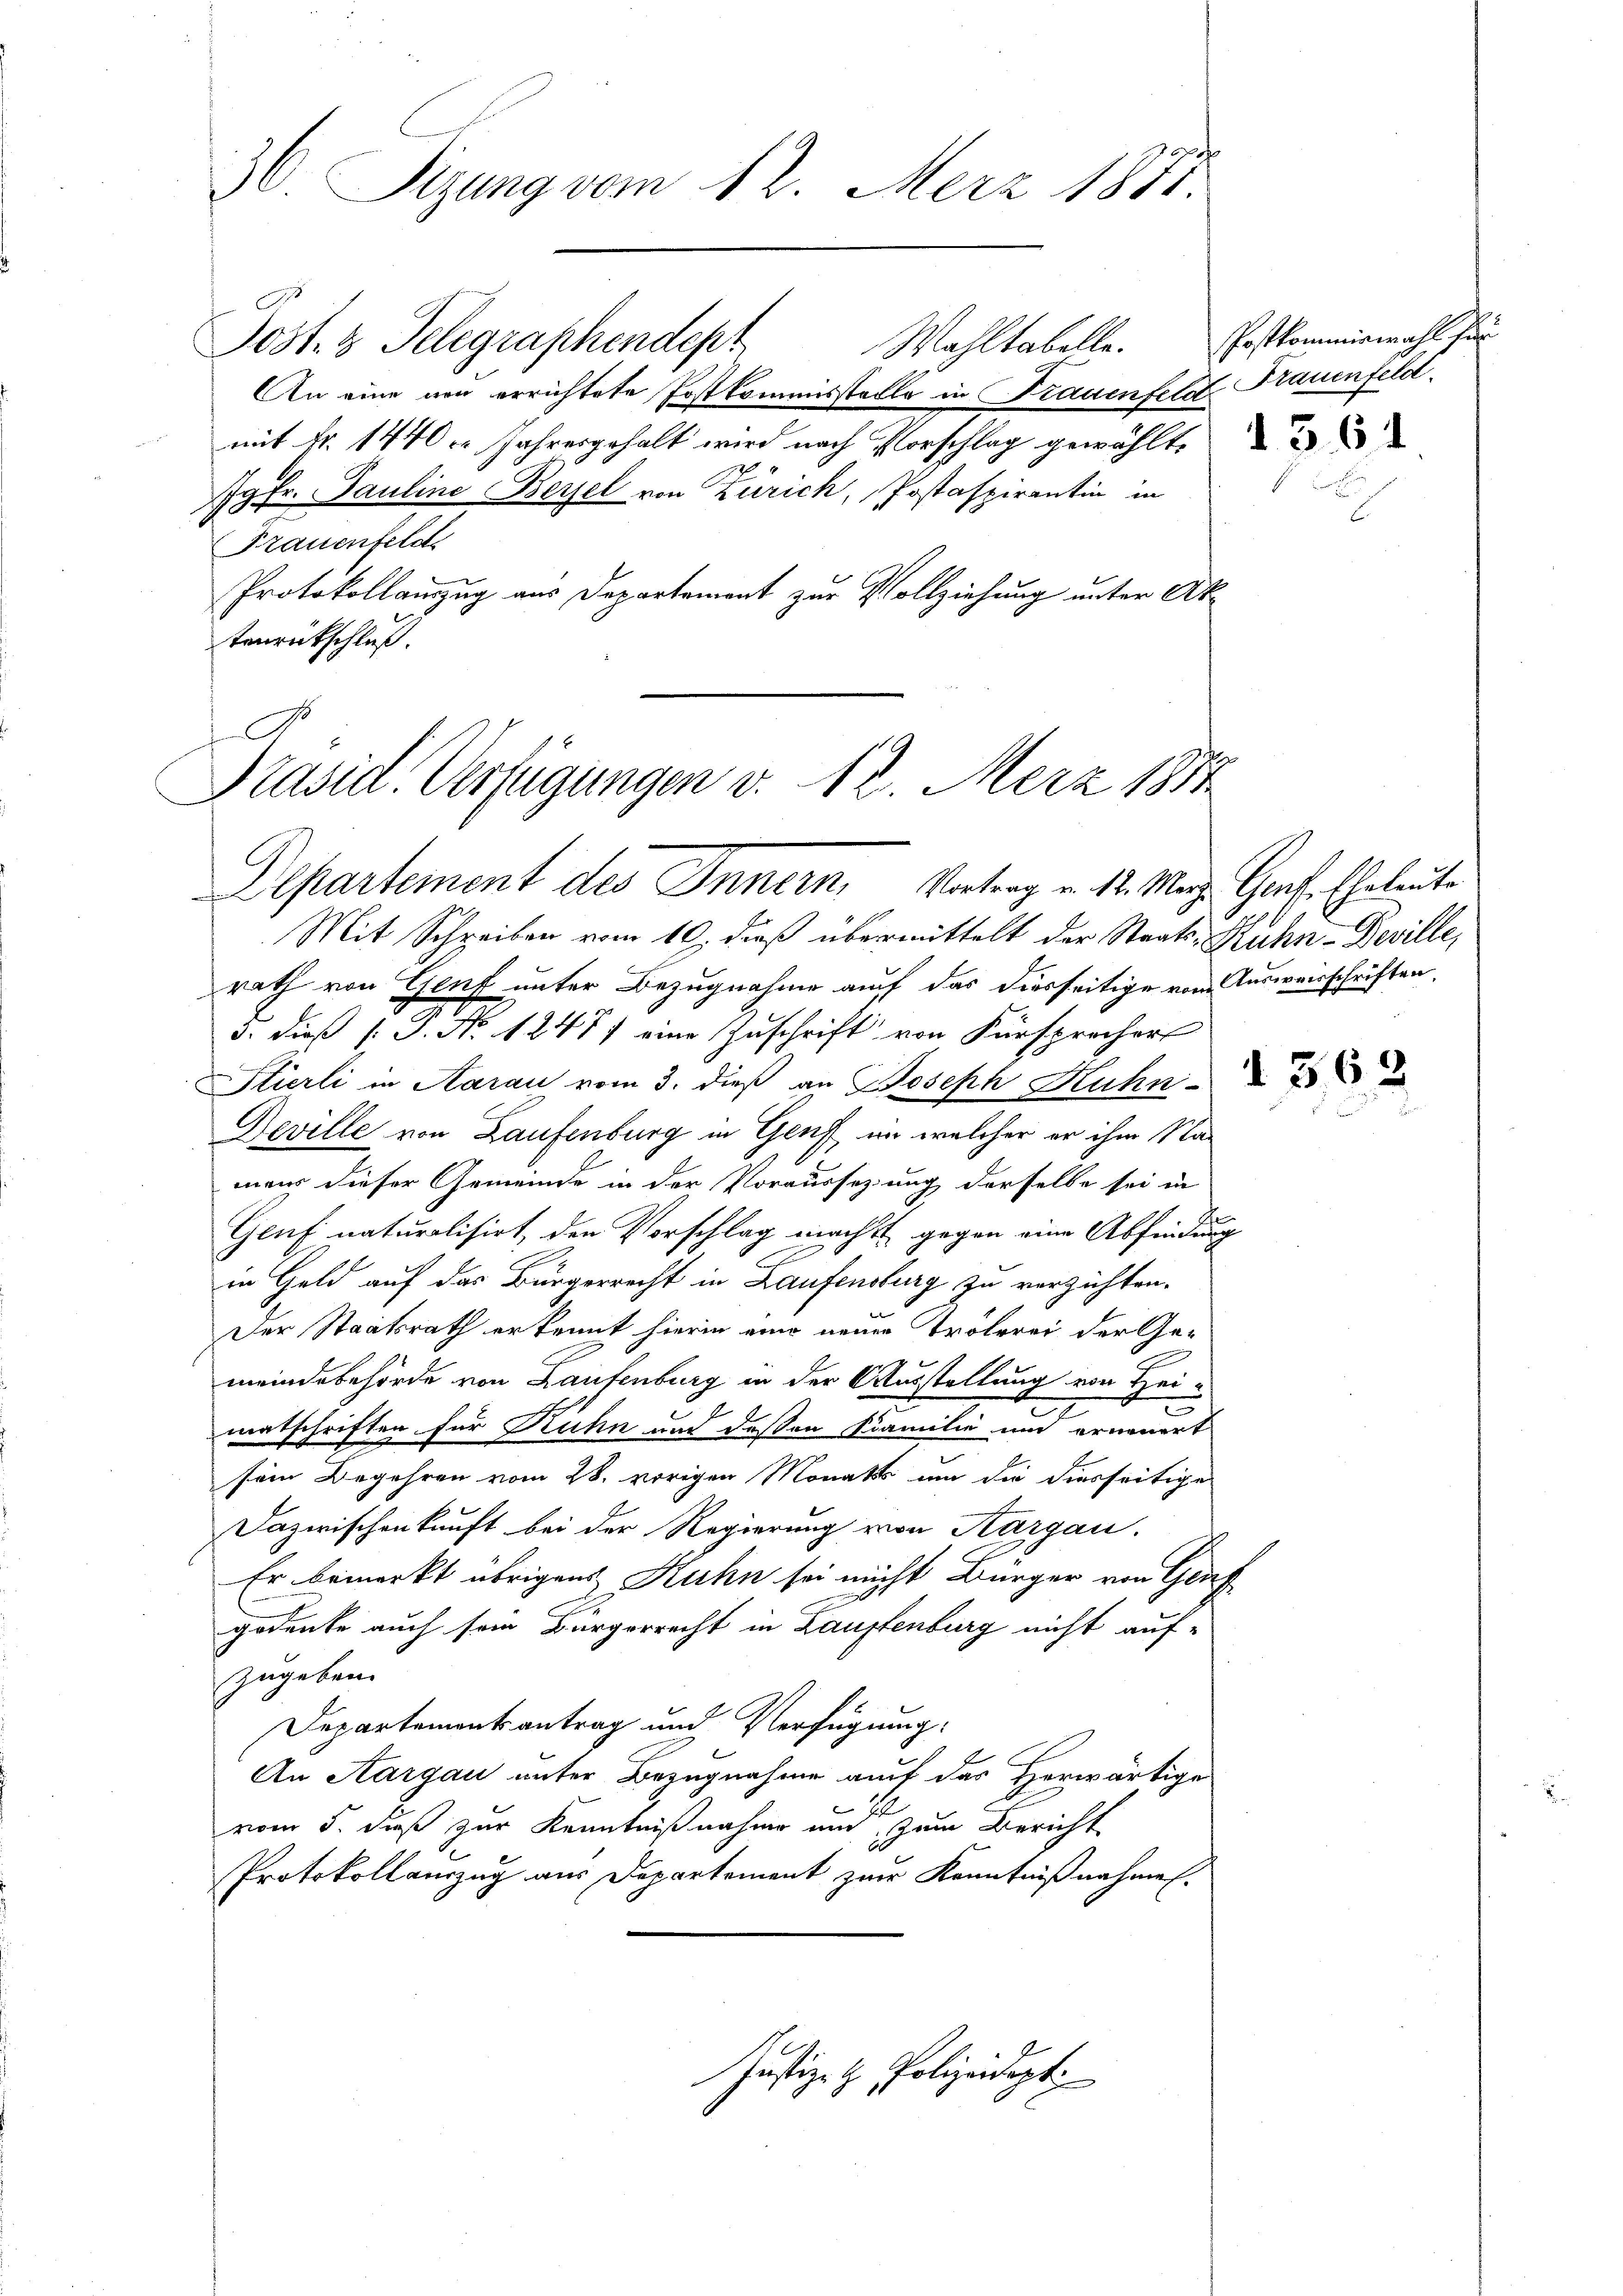
30. Sizung vom 12. Merz 1871.

Jost 3 Telegraphendept
Wahltabelle.
An eine von errichtete Postkommisstelle in Frauenfeldt Frauenfeld
mit Nr. 1440. Jahresgehalt wird nach Vorschlag gewählt,
Jgfr. Pauline Berzel von Zürich, Postaspirantin in
Frauenfeld
Protokollauszug aus Departement zur Vollziehung unter Aktenrückschluß.

Präsid. Verfügungen v. 12. Merz 1884
Departement des Innern, Vortrag v. 12. Mar. Genf, Eheleute

Mit Schreiben vom 10. dieß übermittelt der Staats-Kuhn - Deville,
rath von Genf unter Bezugnahme auf das hierseitige vom Ausverschriften,
3. dieß P. No 12477 eine Zuschrift von Fürsprecher
Stierli in Aarau vom 3. dieß an Joseph Huhn
Deville von Laufenburg in Genf in welcher er ihm Namen dieser Gemeinde in der Voraussetzung derselbe sei in
Genf naturalisirt, den Vorschlag macht gegen eine Abfindung
.
in Geld auf das Bürgerrecht in Laufensburg zu verzichten.
Der Staatsrath erkennt hierin eine neuer Trölerei der Gemeindebehörde von Laufenburg in der Ausstellung von Hein
matschriften für Ruhn und deßen Familie und erneuert
sein Begehren vom 28. vorigen Monats um die diesseitige
Dazwischenkunft bei der Regierung von Aargau.
Er bemerkt übrigens Kuhn sei nicht Bürger von Gruf
gedenke auch sein Bürgerrecht in Lauffenburg nicht aufzugeben.
Departementsantrag und Verfügung:
An Aargau unter Bezugnahme auf das Herwärtige
vom 5. dieß zur Kenntnißnahme und zum Bericht
Protokollauzug aus Departement zur Kenntnißnahmen.

Justiz- & Polizeidigt.

Postkommiswahl hin

d 361